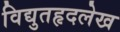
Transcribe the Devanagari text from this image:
विद्युतहृदलेख